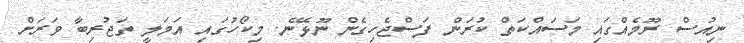
ނިއުސް ރޫމެއްގައި މަސައްކަތް ކުރަން ފަސްޖެހިގެން ނޫޅޭނެ. މިކޯހުގައި އަމަލީ ތަޖުރިބާ ވަރަށް